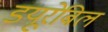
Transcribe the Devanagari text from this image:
डयूरेबिल